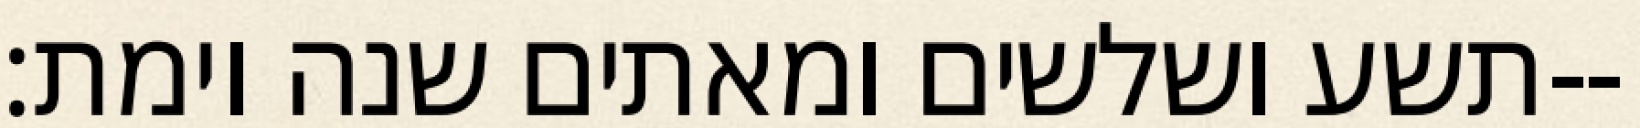
תשע ושלשים ומאתים שנה וימת׃--